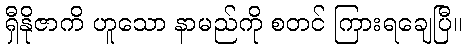
ရှီနိုဇာကိ ဟူသော နာမည်ကို စတင် ကြားရချေပြီ။